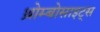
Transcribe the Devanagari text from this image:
थ्रोम्बोसाइट्स